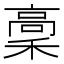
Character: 稾